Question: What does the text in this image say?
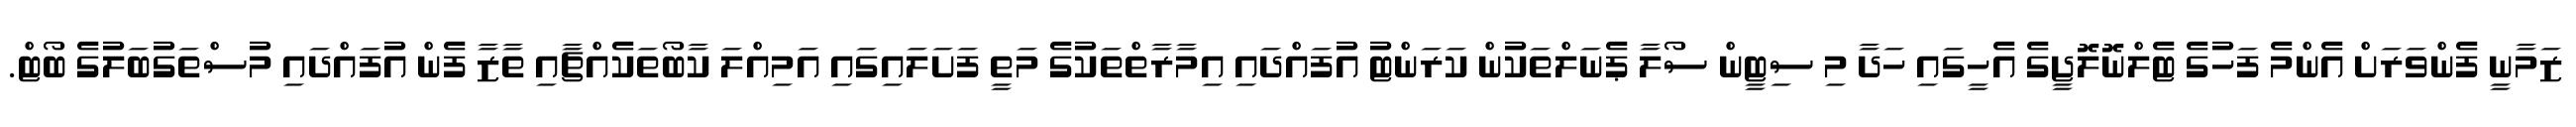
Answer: ޒަމާނީ ފެންވަރަށް އެންމެ ފަހުގެ ޓެލްނޮލޮޖީގެ އެހީގައި ހަދާ މި ސިޓީން ސޯލާ ޕެނަލްތަކުން ކަރަންޓު އުފައްދައި އިމާރާތްތަކުގެ މަތީ ފަށަލައިގައި އަމިއްލަ ކާބޯތަކެއްޗާއި ތާޒާ ފެން އުފައްދައި މުސްތަގުބަލުގެ ބޯޓް.